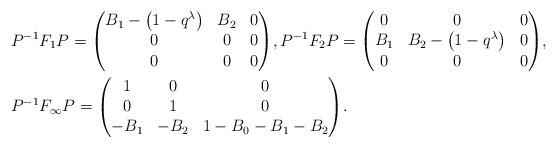
LaTeX: \begin{align*}& P^{-1}F_1P = \begin{pmatrix} B_1-\big(1-q^{\lambda}\big) & B_2 & 0\\ 0 & 0 & 0\\ 0 & 0 & 0 \end{pmatrix}\!, P^{-1}F_2P = \begin{pmatrix} 0 & 0 & 0\\ B_1 & B_2-\big(1-q^{\lambda}\big) & 0\\ 0 & 0 & 0 \end{pmatrix}\!, \\& P^{-1}F_{\infty}P = \begin{pmatrix} 1 & 0 & 0\\ 0 & 1 & 0\\ -B_1 & -B_2 & 1-B_0-B_1-B_2 \end{pmatrix}\!.\end{align*}